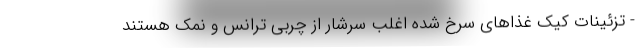
- تزئینات کیک غذاهای سرخ شده اغلب سرشار از چربی ترانس و نمک هستند